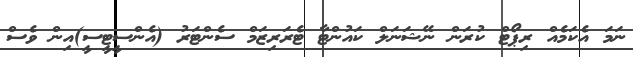
ނަމަ އެކަމެއް ރިޕޯޓް ކުރަން ނޭޝަނަލް ކައުންޓާ ޓެރަރިޒަމް ސެންޓަރު (އެންސީޓީސީ)އިން ވެސް